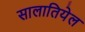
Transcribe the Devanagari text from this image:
सालातियेल